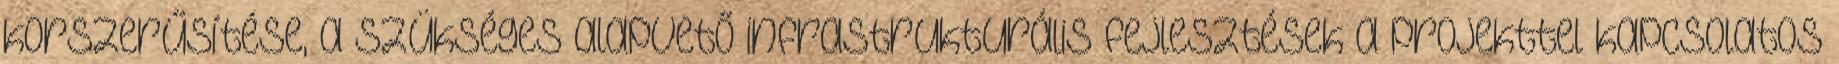
korszerűsítése, a szükséges alapvető infrastrukturális fejlesztések a projekttel kapcsolatos